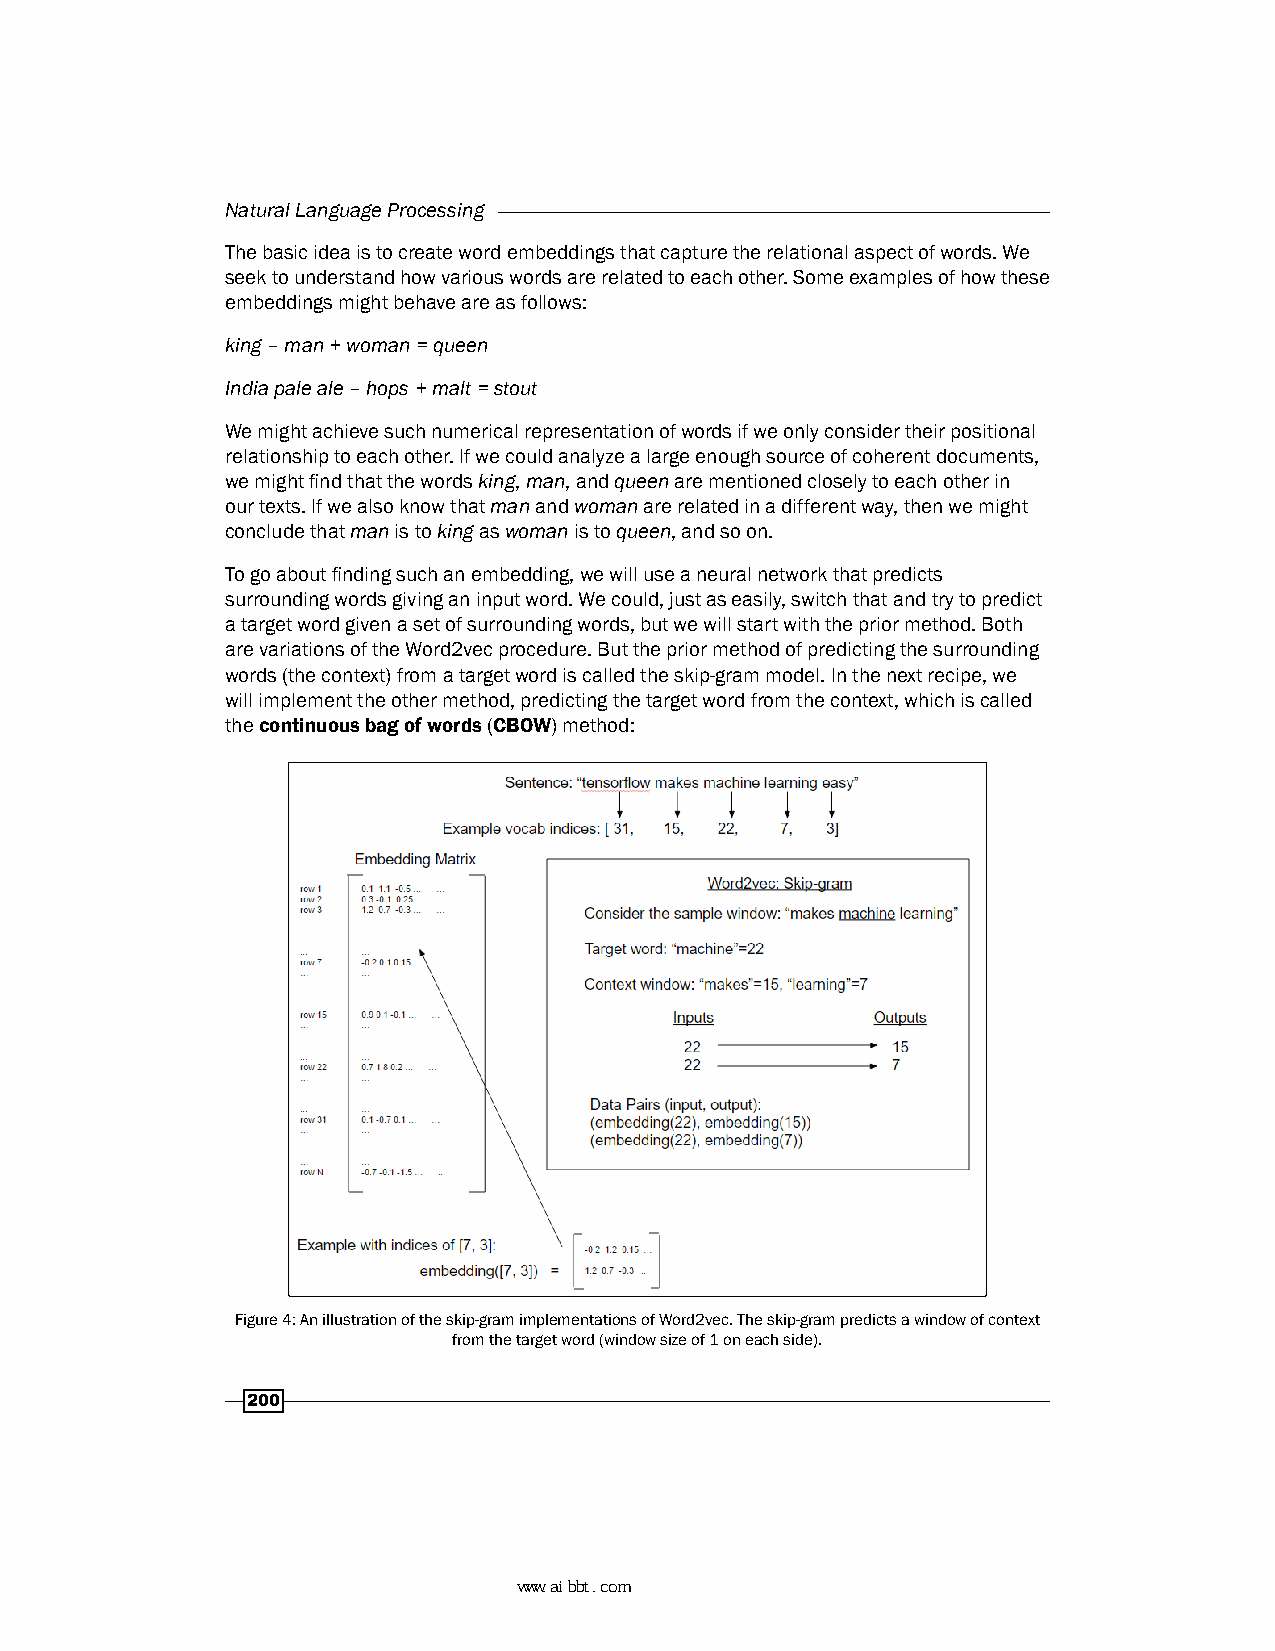
Natural Language Processing
 The basic idea is to create word embeddings that capture the relational aspect of words. We
 seek to understand how various words are related to each other. Some examples of how these
 embeddings might behave are as follows:
 king – man + woman = queen
 India pale ale – hops + malt = stout
 We might achieve such numerical representation of words if we only consider their positional
 relationship to each other. If we could analyze a large enough source of coherent documents,
 we might find that the words king, man, and queen are mentioned closely to each other in
 our texts. If we also know that man and woman are related in a different way, then we might
 conclude that man is to king as woman is to queen, and so on.
 To go about finding such an embedding, we will use a neural network that predicts
 surrounding words giving an input word. We could, just as easily, switch that and try to predict
 a target word given a set of surrounding words, but we will start with the prior method. Both
 are variations of the Word2vec procedure. But the prior method of predicting the surrounding
 words (the context) from a target word is called the skip-gram model. In the next recipe, we
 will implement the other method, predicting the target word from the context, which is called
 the continuous bag of words (CBOW) method:
 Figure 4: An illustration of the skip-gram implementations of Word2vec. The skip-gram predicts a window of context
 from the target word (window size of 1 on each side).
 200
 www.aibbt.com 让未来触手可及